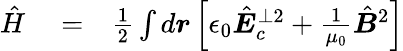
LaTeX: \begin{array}{rlr}{\hat{H}}&{{}=}&{\frac 12\int d\boldsymbol r\left[\epsilon_{0}\hat{\boldsymbol E}_{c}^{\perp 2}+\frac{1}{\mu_{0}}\hat{\boldsymbol B}^{2}\right]}\end{array}